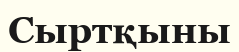
Сыртқыны